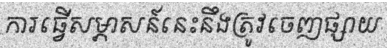
ការធ្វើសម្ភាសន៍នេះនឹងត្រូវចេញផ្សាយ